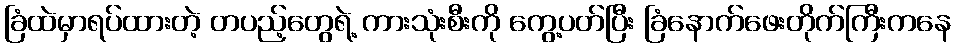
ခြံထဲမှာရပ်ထားတဲ့ တပည့်တွေရဲ့ ကားသုံးစီးကို ကွေ့ပတ်ပြီး ခြံနောက်ဖေးတိုက်ကြီးကနေ